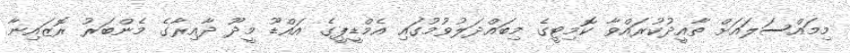
މިމައްސަލައަށް ތާއީދުކުރައްވާ ކޮމިޓީގެ މިބައްދަލުވުމުގައި އެމްޑީޕީގެ އައްޑޫ މީދޫ ދާއިރާގެ މެންބަރު ރޮޒައިނާ